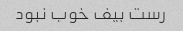
رست بیف خوب نبود